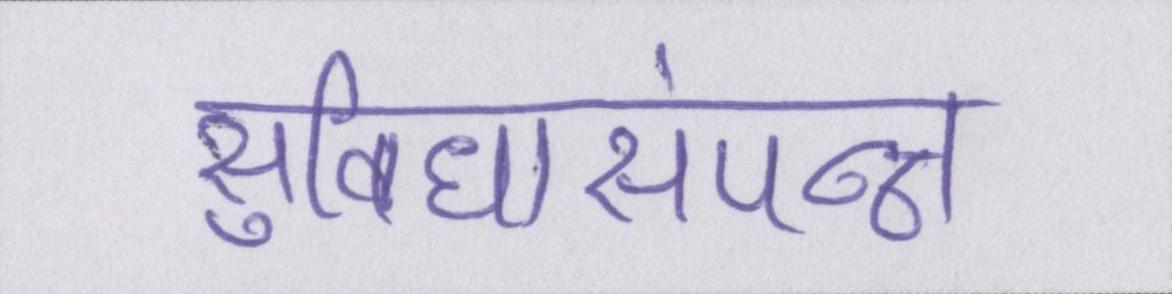
सुविधासंपन्न